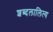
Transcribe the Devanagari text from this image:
शब्दलालित्य